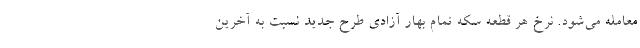
معامله می‌شود. نرخ هر قطعه سکه تمام بهار آزادی طرح جدید نسبت به آخرین